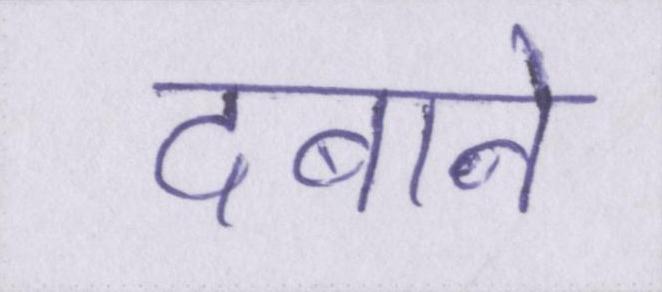
दबाने